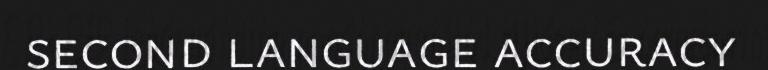
second language accuracy